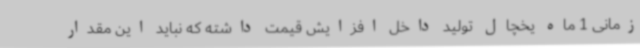
زمانی 1 ماه یخچال تولید داخل افزایش قیمت داشته که نباید این مقدار